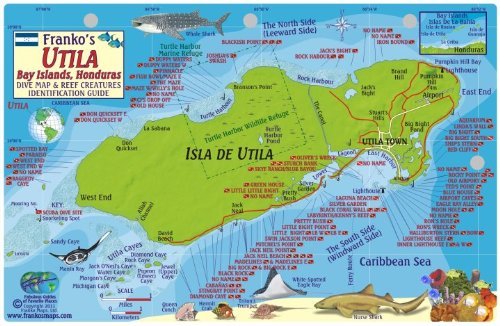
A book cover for By Franko Maps Ltd. Utila Honduras Dive Map & Reef Creatures Guide Franko Maps Laminated Fish Card [Map]; Travel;